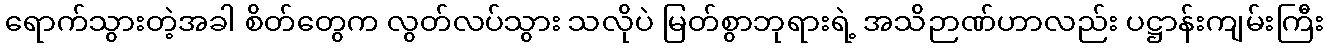
ရောက်သွားတဲ့အခါ စိတ်တွေက လွတ်လပ်သွား သလိုပဲ မြတ်စွာဘုရားရဲ့ အသိဉာဏ်ဟာလည်း ပဋ္ဌာန်းကျမ်းကြီး